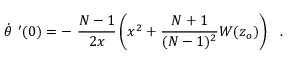
\dot { \theta } \ ^ { \prime } ( 0 ) = - \ \frac { N - 1 } { 2 x } \left( x ^ { 2 } + \frac { N + 1 } { ( N - 1 ) ^ { 2 } } W ( z _ { o } ) \right) \ \ .